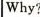
Why?